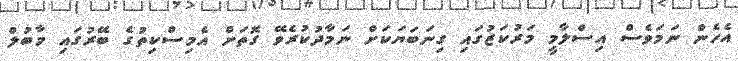
އެހެން ނަމަވެސް އިސްލާމީ މަރުކަޒުގައި ގިނަބަޔަކަށް ނަމާދުކުރެވޭ ގޮތަށް އެމިސްކިތުގެ ބޭރުގައި މާބުލް